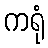
ကရုံ